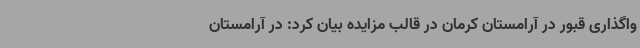
واگذاری قبور در آرامستان کرمان در قالب مزایده بیان کرد: در آرامستان